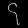
Digit: ၄